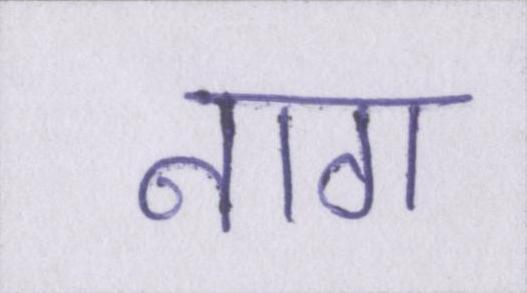
नाग